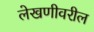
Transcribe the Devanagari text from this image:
लेखणीवरील